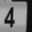
Digit: 4